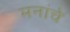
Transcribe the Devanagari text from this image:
मनांचे